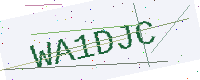
Text: WA1DJC